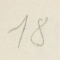
18